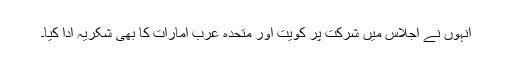
اُنہوں نے اجلاس میں شرکت پر کویت اور متحدہ عرب امارات کا بھی شکریہ ادا کیا۔